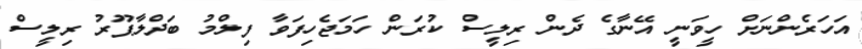
އަހަރެންނަށް ހީވަނީ އޭނާގެ ދެން ރިލީސް ކުރަން ހަމަޖެހިފަވާ ފިލްމު ބަދްލާޕޫރު ރިލީސް